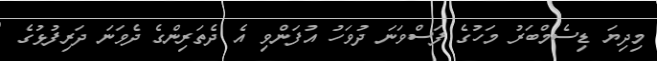
މިދިޔަ ޑިސެމްބަރު މަހުގެ ފަސްވަނަ ދުވަހު އުފަންވި އެ ދެތަރިންގެ ދެވަނަ ދަރިފުޅުގެ